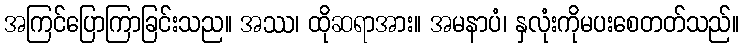
အကြင်ပြောကြာခြင်းသည။ အဿ၊ ထိုဆရာအား။ အမနာပံ၊ နှလုံးကိုမပးစေတတ်သည်။